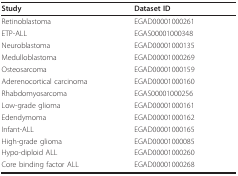
<table><thead><tr><td><b>Study</b></td><td><b>Dataset ID</b></td></tr></thead><tbody><tr><td>Retinoblastoma</td><td>EGAD00001000261</td></tr><tr><td>ETP-ALL</td><td>EGAS00001000348</td></tr><tr><td>Neuroblastoma</td><td>EGAD00001000135</td></tr><tr><td>Medulloblastoma</td><td>EGAD00001000269</td></tr><tr><td>Osteosarcoma</td><td>EGAD00001000159</td></tr><tr><td>Aderenocortical carcinoma</td><td>EGAD00001000160</td></tr><tr><td>Rhabdomyosarcoma</td><td>EGAS00001000256</td></tr><tr><td>Low-grade glioma</td><td>EGAD00001000161</td></tr><tr><td>Edendymoma</td><td>EGAD00001000162</td></tr><tr><td>Infant-ALL</td><td>EGAD00001000165</td></tr><tr><td>High-grade glioma</td><td>EGAD00001000085</td></tr><tr><td>Hypo-diploid ALL</td><td>EGAD00001000260</td></tr><tr><td>Core binding factor ALL</td><td>EGAD00001000268</td></tr></tbody></table>